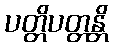
ပတ္တိပတ္တန္တိ